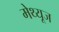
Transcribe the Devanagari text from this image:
मेथ्यूज